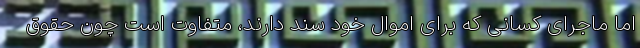
اما ماجرای کسانی که برای اموال خود سند دارند، متفاوت است چون حقوق